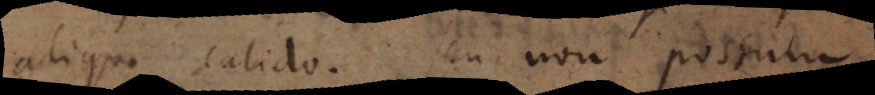
aliquo calido. Seu non possum